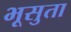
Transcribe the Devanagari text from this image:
भूसुता